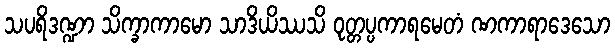
သပရိဒဏ္ဍာ သိက္ခာကာမော သာဒိယိဿသိ ဝုတ္တပ္ပကာရမေတံ ဏကာရာဒေသော